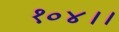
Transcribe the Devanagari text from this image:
१०४।।